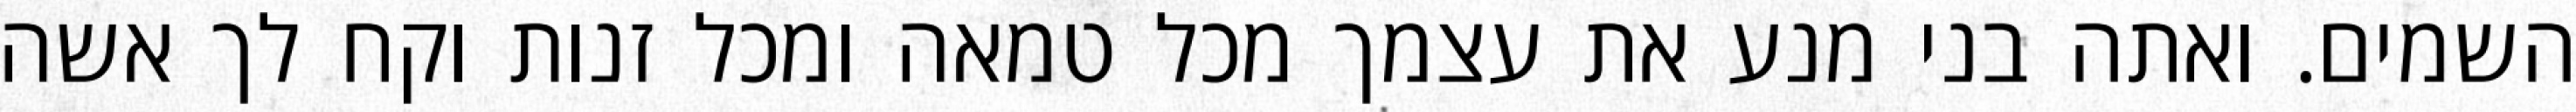
השמים. ואתה בני מנע את עצמך מכל טמאה ומכל זנות וקח לך אשה